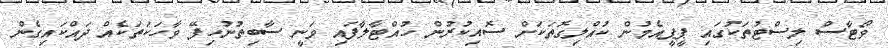
ވޯޓާސް ލިސްޓުތަކުގައި ޕީޕީއެމުން ކުއްލިގޮތަކަށް ސޮއިކުރުން ހުއްޓާލާފައި ވަނީ ސާބިތުނުހިފޭ ވާހަކަތަކެއް ދައްކައިގެން